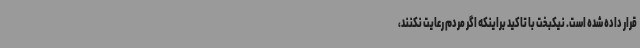
قرار داده شده است. نیکبخت با تاکید براینکه اگر مردم رعایت نکنند،